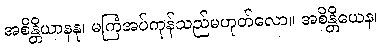
အစိန္တိယာနနု၊ မကြံအပ်ကုန်သည်မဟုတ်လော။ အစိန္တိယေန၊